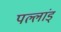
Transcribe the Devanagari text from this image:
पल्लांड्